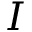
I